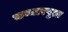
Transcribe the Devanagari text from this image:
कम्मारपुत्त